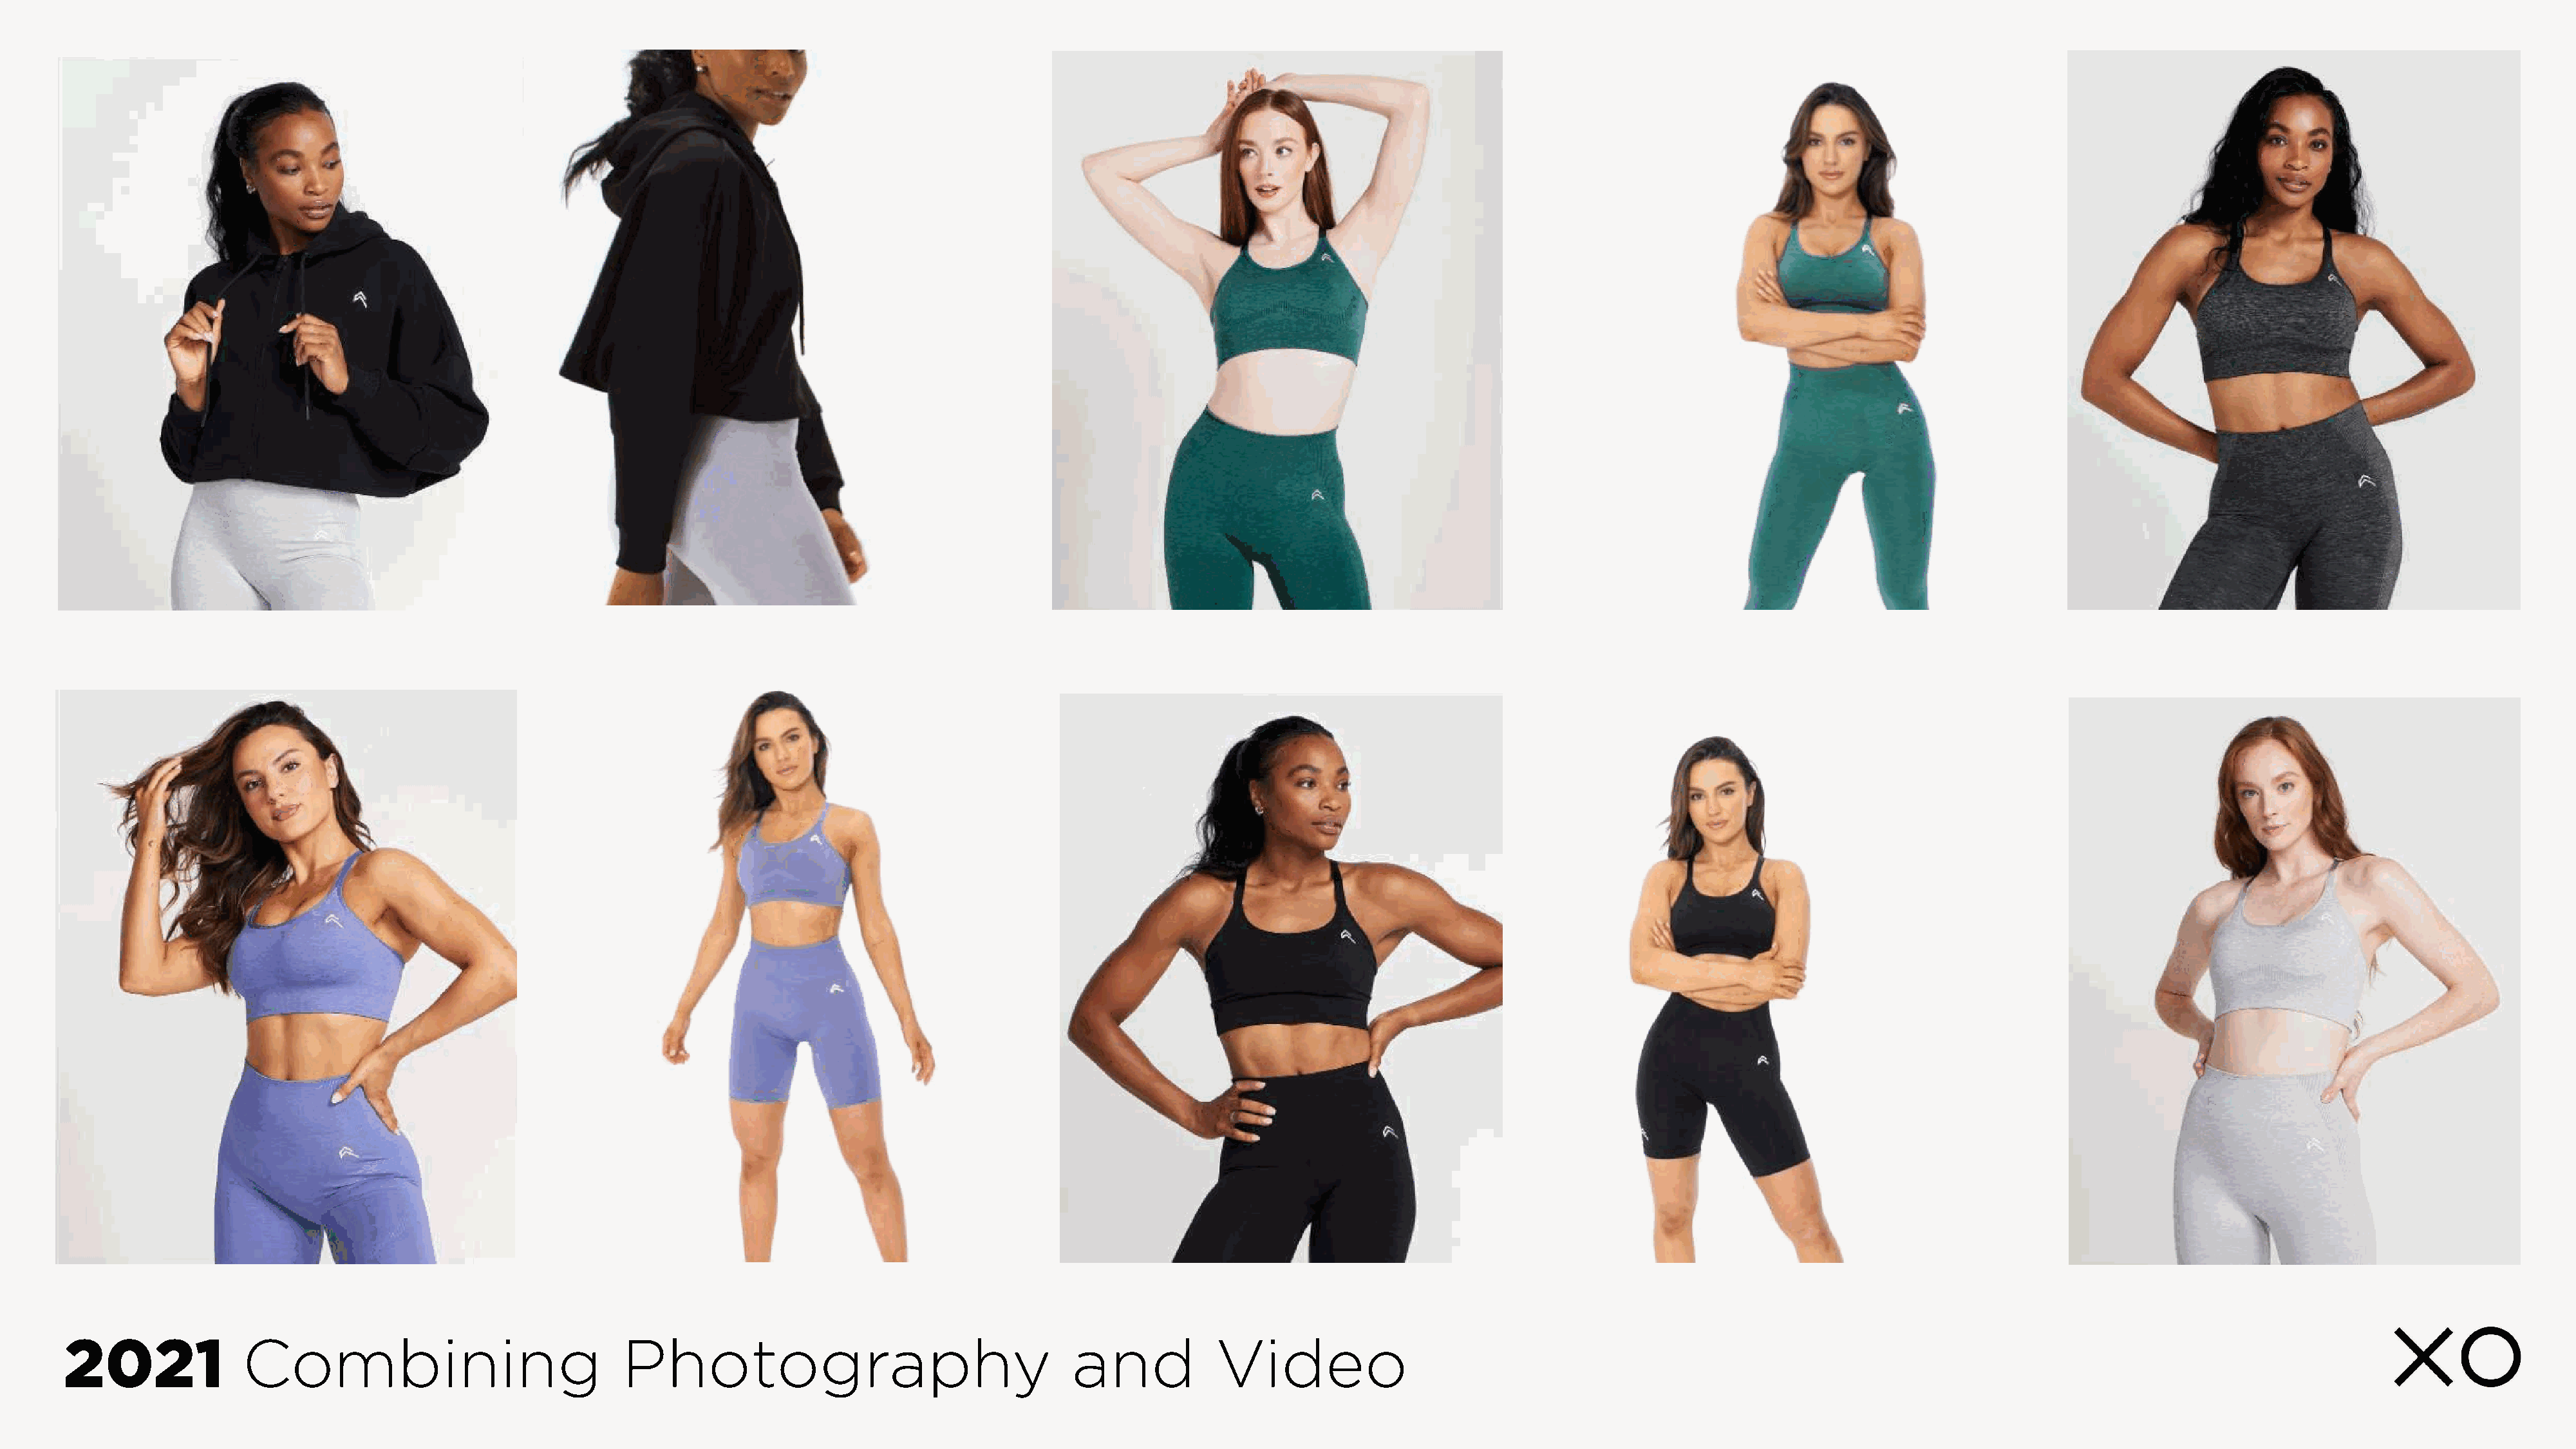
2021              Combining                              Photography                                   and            Video